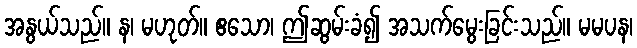
အနွယ်သည်။ န၊ မဟုတ်။ ဧသော၊ ဤဆွမ်းခံ၍ အသက်မွေးခြင်းသည်။ မမပန၊